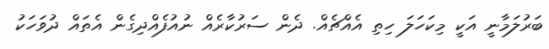
ބަރުލަމާނީ އަކީ މިކަހަލަ ހިތި އެއްޗެއް. ދެން ސަރުކާރެއް ނުއުފެއްދިގެން އެތައް ދުވަހަކު